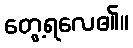
တွေ့ရလေ၏။